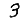
Digit: 3